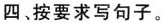
四、按要求写句子。